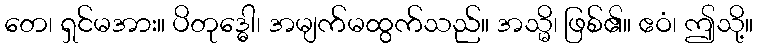
တေ၊ ရှင်မအား။ ပိတုဒ္ဓေါ၊ အမျက်မထွက်သည်။ အသ္မိ၊ ဖြစ်၏။ ဧဝံ၊ ဤသို့။